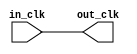
// ddr4a_clock_bridge.v

// Generated using ACDS version 17.0 290

`timescale 1 ps / 1 ps
module ddr4a_clock_bridge (
		input  wire  in_clk,  //  in_clk.clk
		output wire  out_clk  // out_clk.clk
	);

	assign out_clk = in_clk;

endmodule